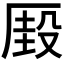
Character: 𰆢